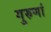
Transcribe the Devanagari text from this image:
गुरुणां